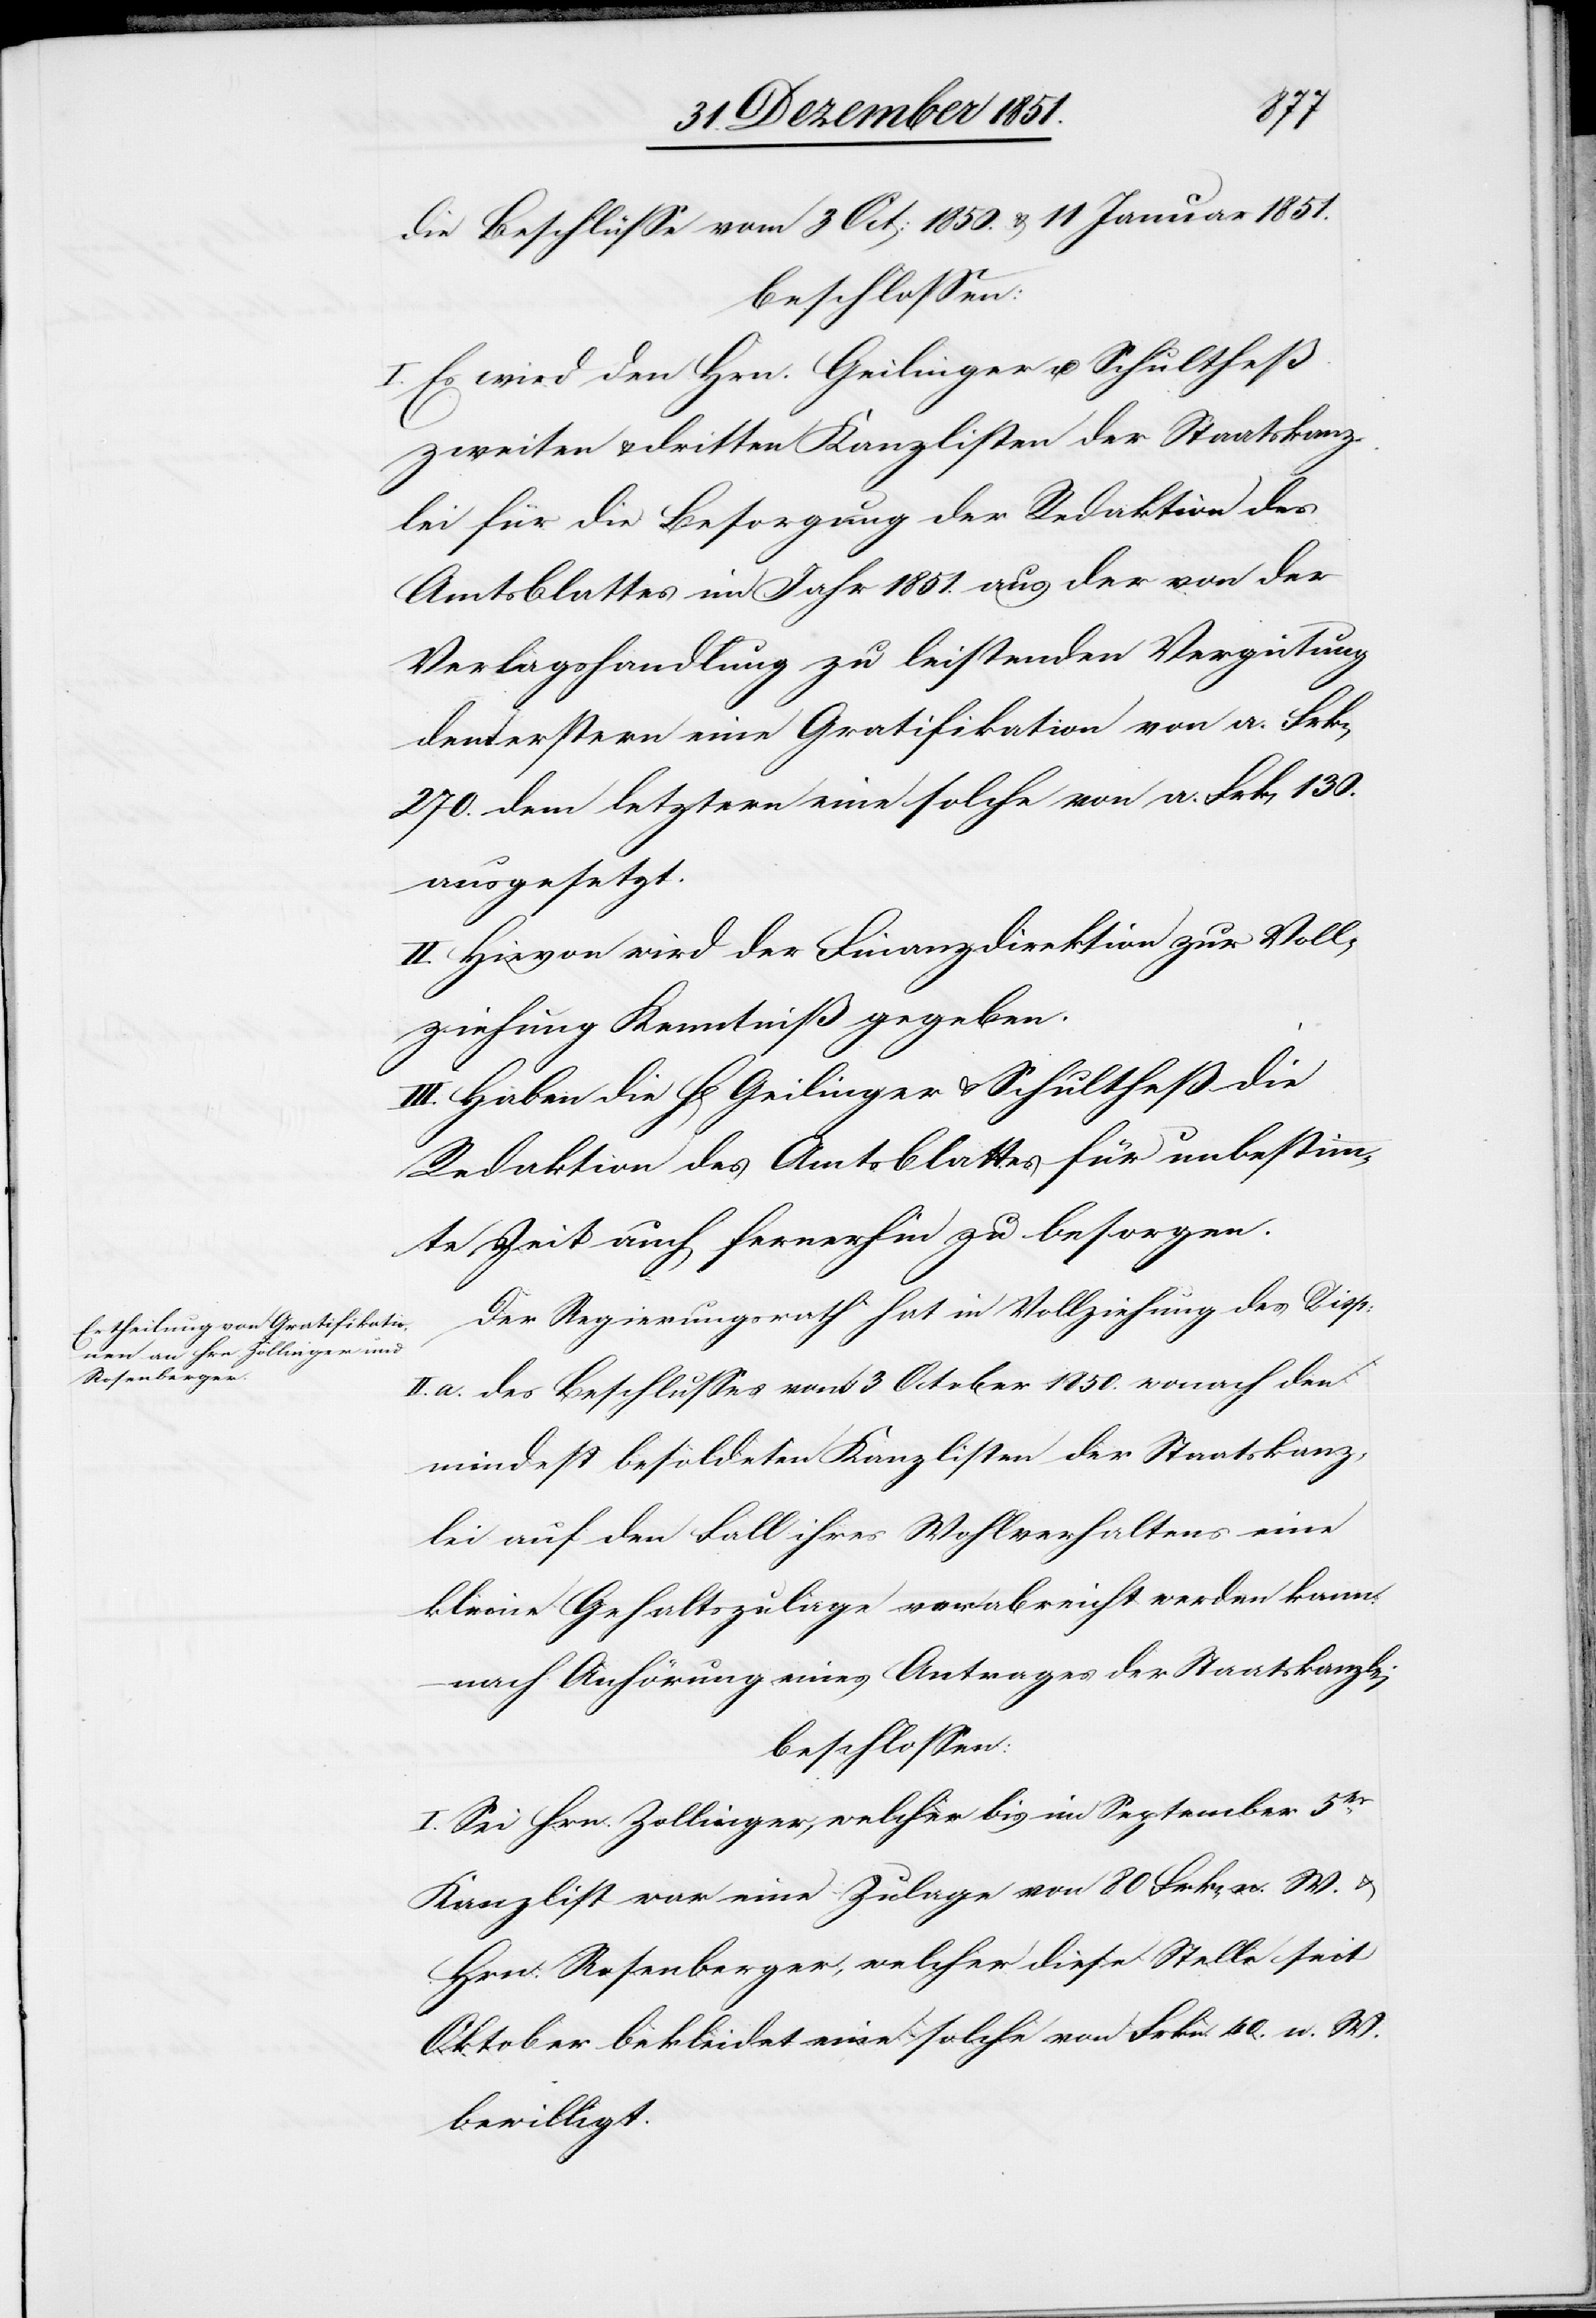
die Beschlüsse vom 3 Oct: 1850. & 11 Januar 1851.
beschlossen:
I. Es wird den Hrn. Geilinger u. Schultheß
zweiten & dritten Kanzlisten der Staatskanz¬
lei für die Besorgung der Redaktion des
Amtsblattes im Jahr 1851. aus der von der
Verlagshandlung zu leistenden Vergütung
dem erstern eine Gratifikation von a. Frk[en]
270. dem letztern eine solche von a. Frk[en] 130.
ausgesetzt.
II. Hievon wird der Finanzdirektion zur Voll¬
ziehung Kenntniß gegeben.
III. Haben die H[erren] Geilinger & Schultheß die
Redaktion des Amtsblattes für unbestimm¬
te Zeit auch fernerhin zu besorgen.
Der Regierungsrath hat in Vollziehung des Disp:
II. a. des Beschlusses vom 3 October 1850. wonach den
mindest besoldeten Kanzlisten der Staatskanz¬
lei auf den Fall ihres Wohlverhaltens eine
kleine Gehaltszulage verabreicht werden kann,
nach Anhörung eines Antrages der Staatskanzlei
beschlossen:
I. Sei Hrn. Zollinger, welcher bis im September 5er.
Kanzlist war eine Zulage von 80 Frk[en] n. W. &
Hrn. Rosenberger, welcher diese Stelle seit
Oktober bekleidet eine solche von Frkn. 40. n. W.
bewilligt.